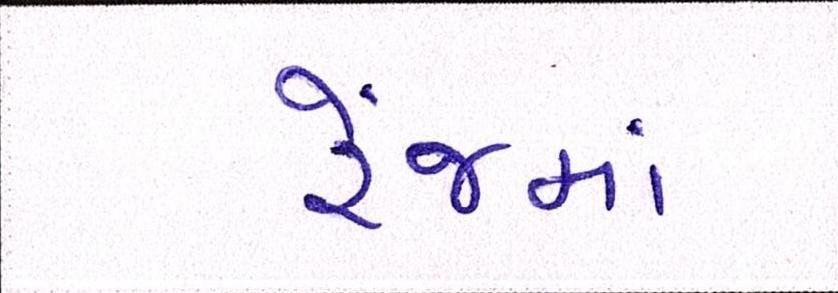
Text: રેંજમાં